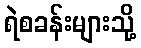
ရဲစခန်းများသို့